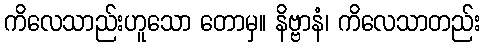
ကိလေသာည်းဟူသော တောမှ။ နိဗ္ဗာနံ၊ ကိလေသာတည်း